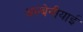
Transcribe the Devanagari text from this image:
अल्बेनीयाई